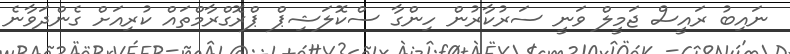
ނައިބު ރައީސް ޖަމީލް ވަނީ ސަރުކާރުން ހިންގާ ސްކޮލަޝިޕް ޕްރޮގްރާމްތައް ކުރިއަށް ގެންދަވާނެ